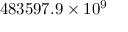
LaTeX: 4 8 3 5 9 7 . 9 \times 1 0 ^ { 9 }